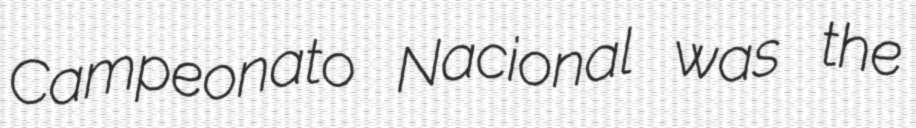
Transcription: Campeonato Nacional was the